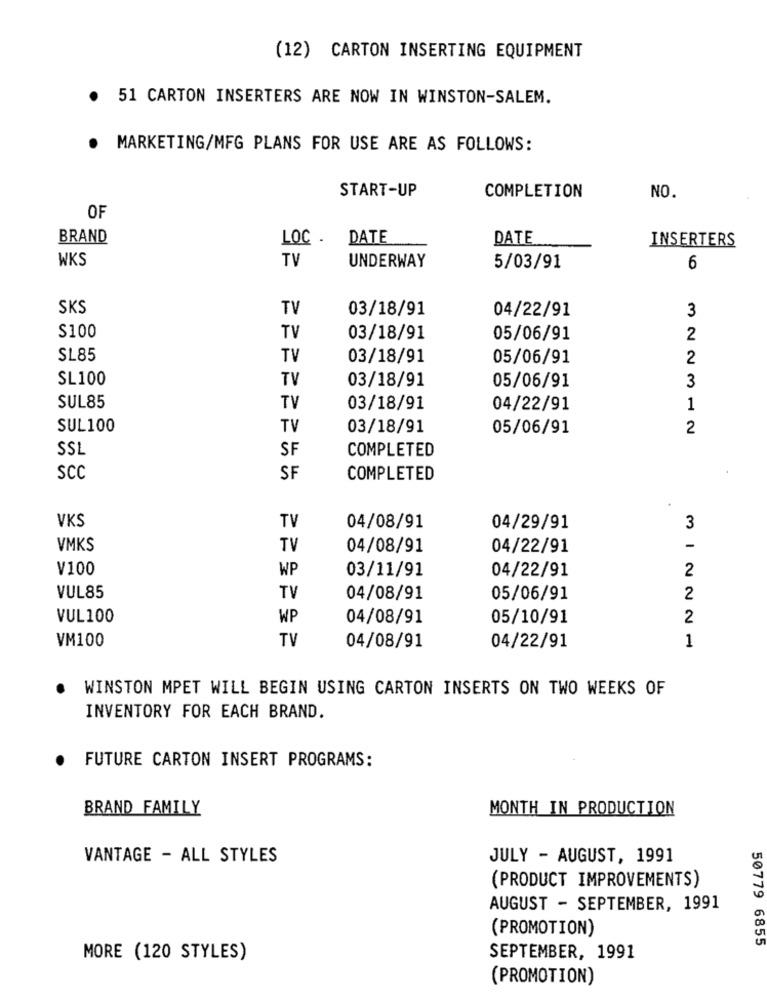
(12) CARTON INSERTING EQUIPMENT
. 51 CARTON INSERTERS ARE NOW IN WINSTON-SALEM.
. MARKETING/MFG PLANS FOR USE ARE AS FOLLOWS:
START-UP
COMPLETION
NO.
OF
BRAND
LOC . DATE
DATE
INSERTERS
WKS
TV
UNDERWAY
5/03/91
6
SKS
TV
03/18/91
04/22/91
3
$100
TV
03/18/91
05/06/91
2
SL85
TV
03/18/91
05/06/91
2
SL100
TV
03/18/91
05/06/91
3
SUL85
TV
03/18/91
04/22/91
1
SUL100
TV
03/18/91
05/06/91
2
SSL
SF
COMPLETED
SCC
SF
COMPLETED
VKS
TV
04/08/91
04/29/91
3
VMKS
TV
04/08/91
04/22/91
V100
WP
03/11/91
04/22/91
2
VUL85
TV
04/08/91
05/06/91
2
VUL100
WP
04/08/91
05/10/91
2
VM100
TV
1
04/08/91
04/22/91
WINSTON MPET WILL BEGIN USING CARTON INSERTS ON TWO WEEKS OF
INVENTORY FOR EACH BRAND.
FUTURE CARTON INSERT PROGRAMS:
BRAND FAMILY
MONTH IN PRODUCTION
VANTAGE - ALL STYLES
JULY - AUGUST, 1991
(PRODUCT IMPROVEMENTS)
AUGUST - SEPTEMBER, 1991
(PROMOTION)
50779 6855
MORE (120 STYLES)
SEPTEMBER, 1991
(PROMOTION)